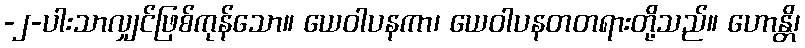
-၂-ပါးသာလျှင်ဖြစ်ကုန်သော။ ယေဝါပနကာ၊ ယေဝါပနတတရားတို့သည်။ ဟောန္တိ၊